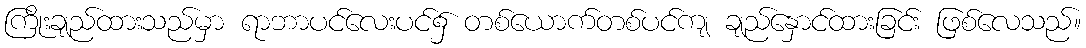
ကြိုးချည်ထားသည်မှာ ရာဘာပင်လေးပင်၌ တစ်ယောက်တစ်ပင်ကျ ချည်နှောင်ထားခြင်း ဖြစ်လေသည်။